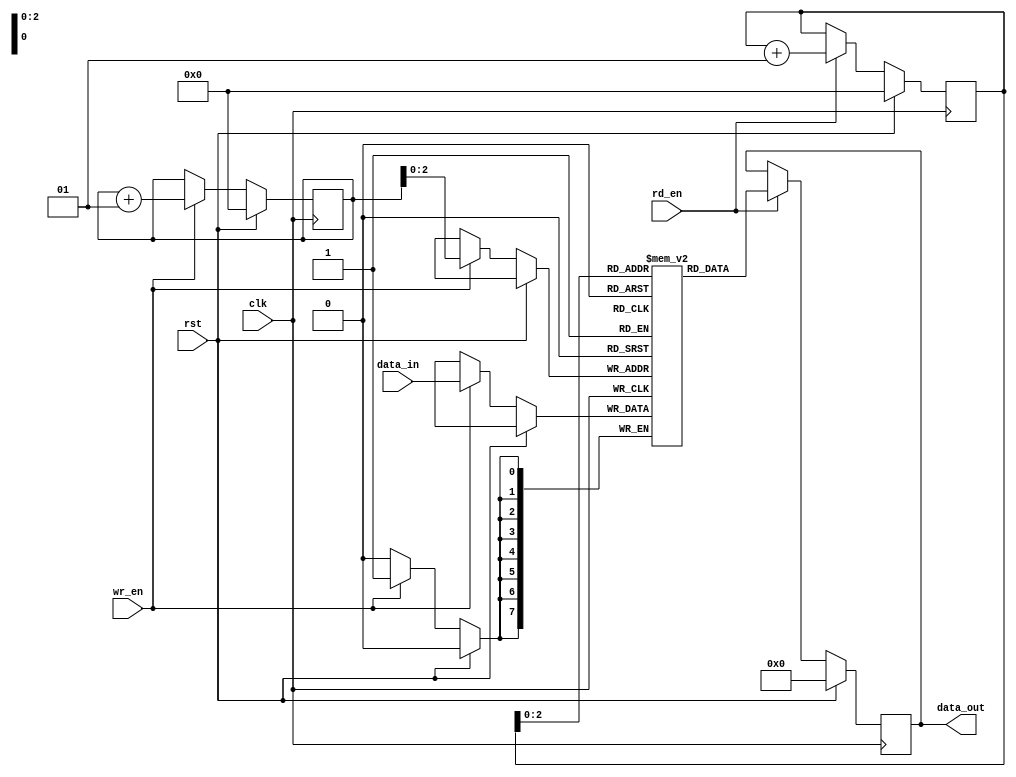
module synchronous_fifo (
    input wire clk,         // Clock signal
    input wire rst,         // Reset signal
    input wire wr_en,       // Write enable signal
    input wire rd_en,       // Read enable signal
    input wire [7:0] data_in,   // Input data
    output reg [7:0] data_out   // Output data
);

reg [7:0] fifo [0:7]; // FIFO buffer with 8 entries

integer wr_ptr = 0;   // Write pointer
integer rd_ptr = 0;   // Read pointer

always @ (posedge clk) begin
    if (rst) begin
        wr_ptr <= 0;    // Reset write pointer
        rd_ptr <= 0;    // Reset read pointer
        data_out <= 8'b0;   // Reset output data
    end else begin
        if (wr_en) begin
            fifo[wr_ptr] <= data_in;    // Write data into FIFO
            wr_ptr <= wr_ptr + 1;   // Increment write pointer
        end
        if (rd_en) begin
            data_out <= fifo[rd_ptr];   // Read data from FIFO
            rd_ptr <= rd_ptr + 1;   // Increment read pointer
        end
    end
end

endmodule